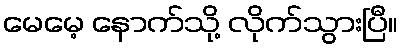
မေမေ့ နောက်သို့ လိုက်သွားပြီ။